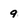
Character: 9